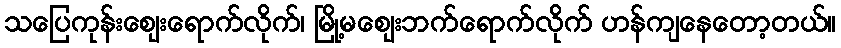
သပြေကုန်းဈေးရောက်လိုက်၊ မြို့မဈေးဘက်ရောက်လိုက် ဟန်ကျနေတော့တယ်။